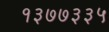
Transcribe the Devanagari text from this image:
१३७७३३५